Annual report of the Bengal Veterinary College and of the Civil Veterinary Department, Bengal, for the year 1919-20 - 1919-1920
Year: 1919
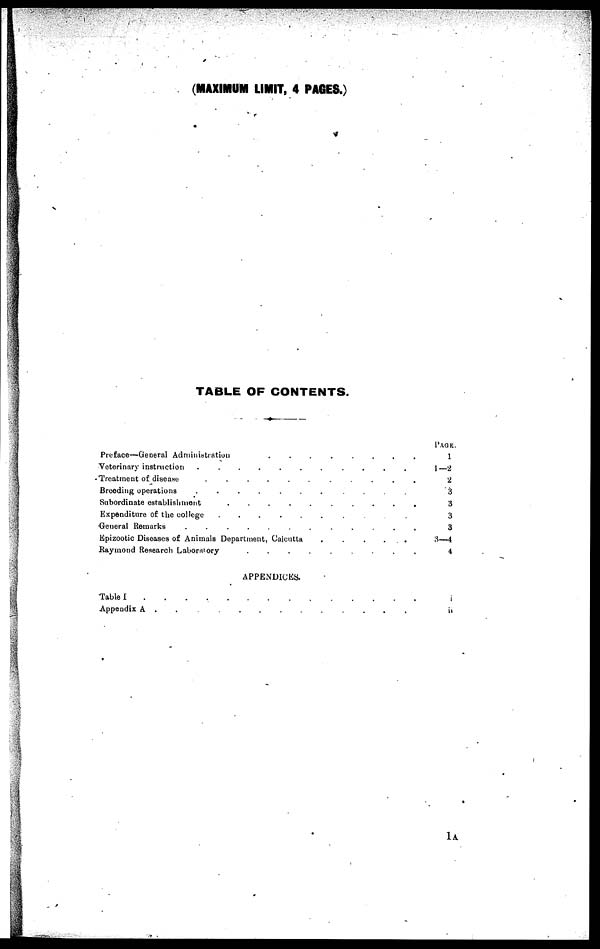
(MAXIMUM LIMIT, 4 PAGES.)
TABLE OF CONTENTS.
Preface—General Administration
.
.
.
.
.
.
.
.
.
.
Veterinary instruction . . . . . . . . . . . .
Treatment of disease
.
.
.
.
.
.
.
.
.
.
Breeding operations . . . . . . . . . . .
Subordinate establishment . . . . . . . . . .
Expenditure of the college
.
.
.
.
.
.
.
.
.
.
General Remarks
.
.
.
.
.
.
.
.
.
.
Epizootic Diseases of Animals Department, Calcutta . . . . . . . . . .
Raymond Research Laboratory
.
.
.
.
.
.
.
.
.
.
APPENDICES.
Table
I
.
.
.
.
.
.
.
.
.
.
Appendix A . . . . . . . . . . . . .
PAGE.
1
1—2
2
3
3
3
3
3—4
4
i
ii
1A